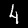
Label: 4